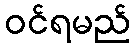
ဝင်ရမည်